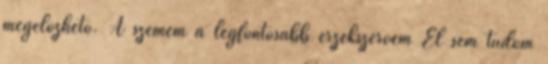
megelőzhető. A szemem a legfontosabb érzékszervem El sem tudom